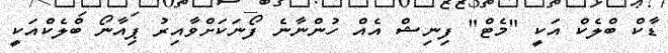
ޑާކް ބްލެކް އަކީ "މެޓް" ފިނިޝް އެއް ހުންނާނެ ފޯނަކަށްވާއިރު ޕިއާނޯ ބްލެކްއަކީ